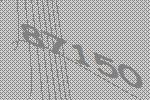
87150